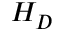
H _ { D }